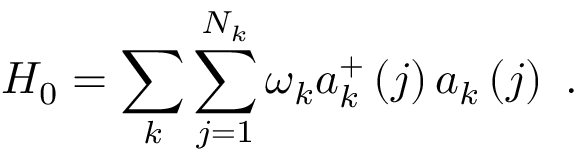
H _ { 0 } = \sum _ { k } \sum _ { j = 1 } ^ { N _ { k } } \omega _ { k } a _ { k } ^ { + } \left( j \right) a _ { k } \left( j \right) \, \, .